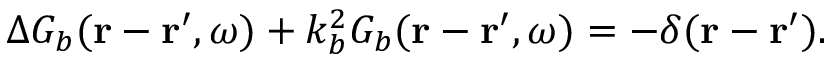
\Delta G _ { b } ( \boldsymbol { \mathbf { r } } - \boldsymbol { \mathbf { r } } ^ { \prime } , \omega ) + k _ { b } ^ { 2 } G _ { b } ( \boldsymbol { \mathbf { r } } - \boldsymbol { \mathbf { r } } ^ { \prime } , \omega ) = - \delta ( \boldsymbol { \mathbf { r } } - \boldsymbol { \mathbf { r } } ^ { \prime } ) .